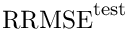
\mathrm { R R M S E } ^ { \mathrm { t e s t } }